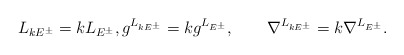
\begin{align*}L_{kE^\pm}=kL_{E^\pm},g^{L_{kE^\pm}}=kg^{L_{E^\pm}},\qquad\nabla^{L_{kE^\pm}}=k\nabla^{L_{E^\pm}}.\end{align*}